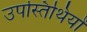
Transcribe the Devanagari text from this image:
उपस्तिथियों